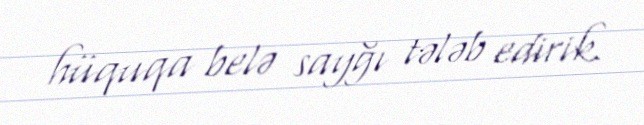
hüquqa belə sayğı tələb edirik.